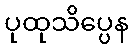
ပုထုသိပ္ပေန